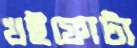
খইফোটা